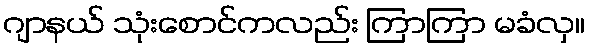
ဂျာနယ် သုံးစောင်ကလည်း ကြာကြာ မခံလှ။